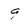
Character: 9